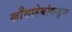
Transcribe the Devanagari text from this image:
खाँसाहेबांकडून